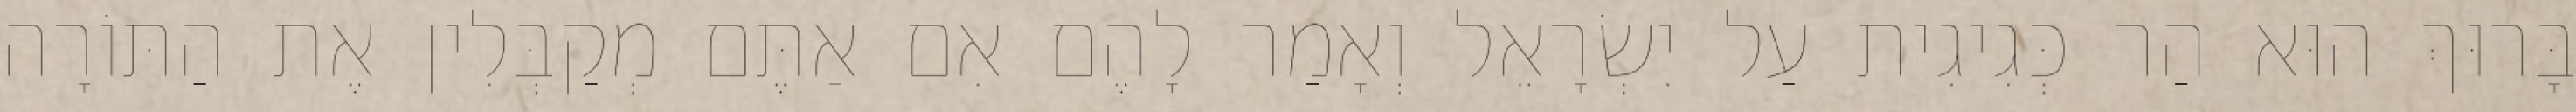
בָּרוּךְ הוּא הַר כְּגִיגִית עַל יִשְׂרָאֵל וְאָמַר לָהֶם אִם אַתֶּם מְקַבְּלִין אֶת הַתּוֹרָה